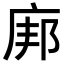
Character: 𫷪